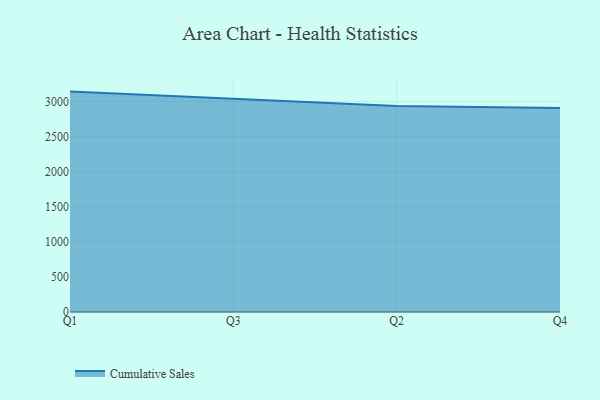
{"axis": {"x": "Quarter", "y": "Inventory Turnover"}, "legend": ["Cumulative Sales"], "data": [{"x": "Q1", "y": 3141.7, "type": "Cumulative Sales"}, {"x": "Q3", "y": 3040.7, "type": "Cumulative Sales"}, {"x": "Q2", "y": 2938.1, "type": "Cumulative Sales"}, {"x": "Q4", "y": 2909.5, "type": "Cumulative Sales"}]}